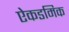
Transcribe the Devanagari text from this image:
ऐकडमिक